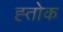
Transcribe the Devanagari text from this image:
ह्तोक